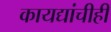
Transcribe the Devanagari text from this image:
कायद्यांचीही